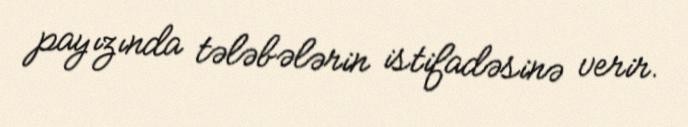
payızında tələbələrin istifadəsinə verir.